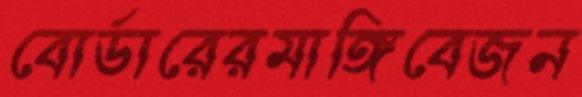
বোর্ডারেরমাঙ্গিবেজন